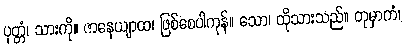
ပုတ္တံ၊ သားကို။ ဇာနေယျာထ၊ ဖြစ်စေပါကုန်။ သော၊ ထိုသားသည်။ တုမှာကံ၊